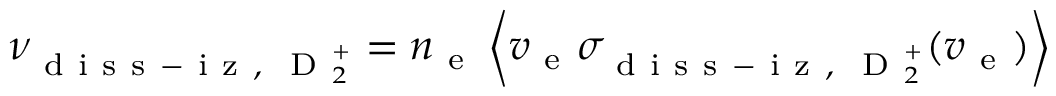
\nu _ { \mathrm { ~ d ~ i ~ s ~ s ~ - ~ i ~ z ~ , ~ } \mathrm { ~ D ~ } _ { 2 } ^ { + } } = n _ { \mathrm { ~ e ~ } } \left\langle v _ { \mathrm { ~ e ~ } } \sigma _ { \mathrm { ~ d ~ i ~ s ~ s ~ - ~ i ~ z ~ , ~ } \mathrm { ~ D ~ } _ { 2 } ^ { + } } ( v _ { \mathrm { ~ e ~ } } ) \right\rangle